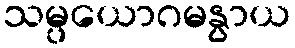
သမ္ပယောဂမနွာယ